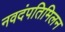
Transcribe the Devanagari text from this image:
नवदंपतिमिलन